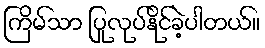
ကြိမ်သာ ပြုလုပ်နိုင်ခဲ့ပါတယ်။